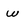
Character: w